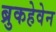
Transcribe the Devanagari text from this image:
ब्रुकहेवेन